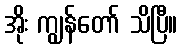
အိုး ကျွန်တော် သိပြီ။